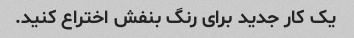
یک کار جدید برای رنگ بنفش اختراع کنید.